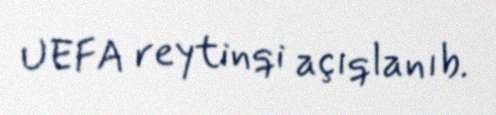
UEFA reytinqi açıqlanıb.